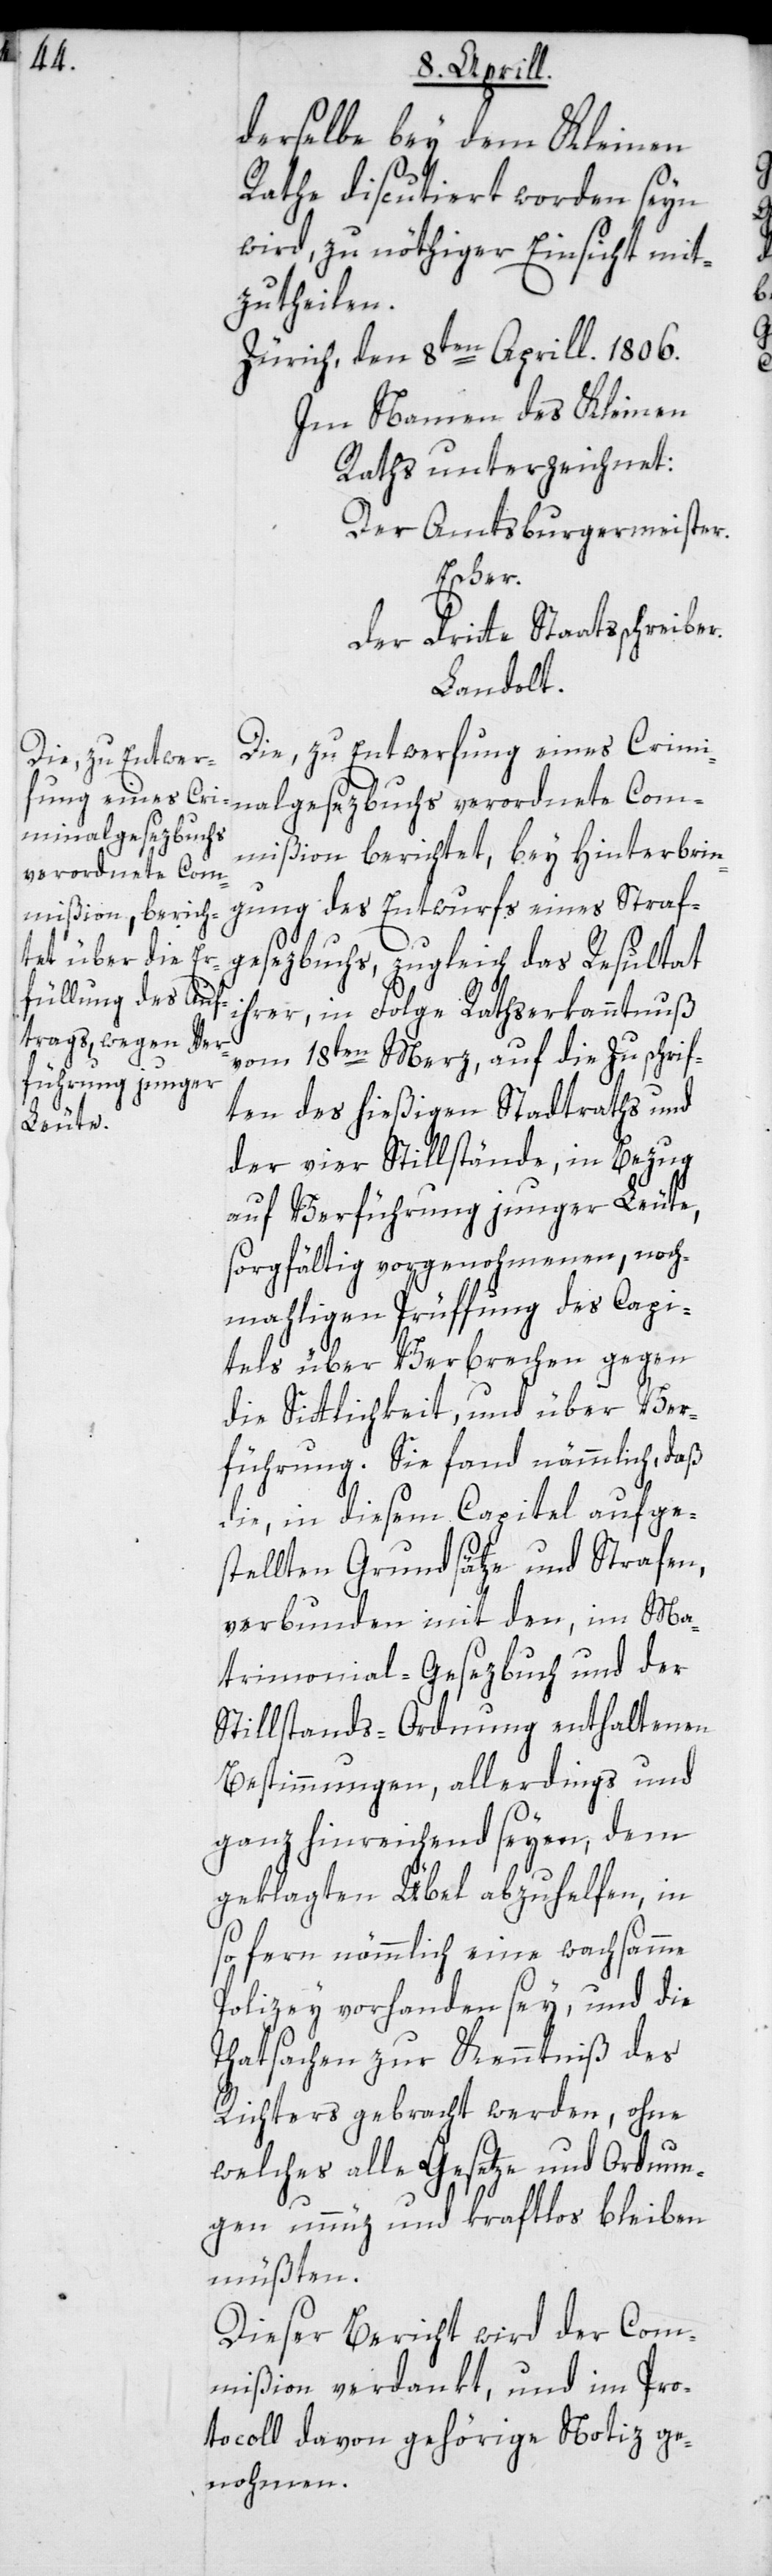
derselbe bey dem Kleinen
Rathe discutiert worden seyn
wird, zu nöthiger Einsicht mit¬
zutheilen.
Zürich, den 8ten April 1806.
Im Namen des Kleinen
Raths unterzeichnet:
Der Amtsburgermeister
Escher.
der dritte Staatsschreiber.
Landolt.
Die, zu Entwerfung eines Cri¬
minalgesezbuchs
mißion berichtet, bey Hinterbrin¬
verordnete Com¬
gung des Entwurfs eines Straf¬
gesezbuchs, zugleich das Resultat
ihrer, in Folge Rathserkanntnuß
vom 18ten Merz, auf die Zuschrif¬
ten des hießigen Stadtraths und
der vier Stillstände, in Bezug
auf Verführung junger Leute,
sorgfältig vorgenohmenen, noch¬
mahligen Prüffung des Capi¬
tels über Verbrechen gegen
die Sittlichkeit, und über Ver¬
führung. Sie fand nämmlich, daß
die in diesem Capitel aufge¬
stellten Grundsätze und Strafen,
verbunden mit den, im Ma¬
trimonial-Gesezbuch und der
Stillstands-Ordnung enthaltenen
Bestimmungen, allerdings und
ganz hinreichend seyen, dem
geklagten Übel abzuhelfen, in
so fern nämmlich eine wachsamme
Polizey vorhanden sey, und die
Thatsachen zur Kenntniß des
Richters gebracht werden, ohne
welches alle Gesetze und Ordnun¬
gen unnüz und kraftlos bleiben
müßten.
Dieser Bericht wird der Com¬
mißion verdankt, und im Pro¬
tocoll davon gehörige Notiz ge¬
nohmen.